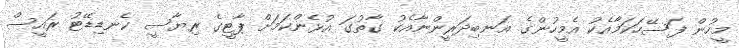
މީހުން ފަސޭހަކަމާއެކު އެމީހުންގެ އަނބިދަރީންނާއެކު ގާތުގަ އުޅެންކަމަށް ޕާޓީގެ ރިޔާސީ ކެނޑިޑޭޓު ރައީސް